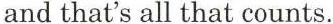
and that's all that counts.